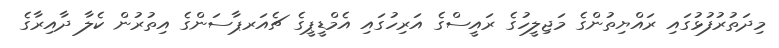
މިދަތުރުފުޅުގައި ރައްޔިތުންގެ މަޖިލީހުގެ ރައީސްގެ އަރިހުގައި އެމްޑީޕީގެ ޗެއަރޕާސަންގެ އިތުރުން ކެލާ ދާއިރާގެ